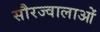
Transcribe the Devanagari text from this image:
सौरज्वालाओं